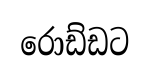
රොඩ්ඩට